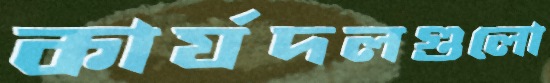
কার্যদলগুলো